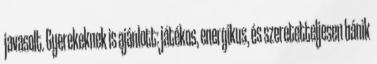
javasolt. Gyerekeknek is ajánlott: játékos, energikus, és szeretetteljesen bánik